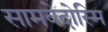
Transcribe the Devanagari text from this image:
सामवेदोस्मि